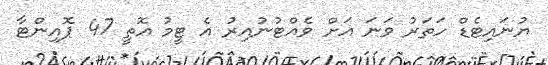
ޔުނައިޓެޑް ހަތަރު ވަނަ އަށް ވެއްޓުނުއިރު އެ ޓީމު އޮތީ 47 ޕޮއިންޓާ